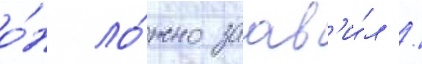
о́н ло́жно заав'и́л /